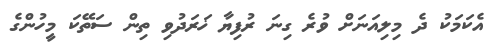
އެކަމަކު ދެ މިލިއަނަށް ވުރެ ގިނަ ރުފިޔާ ޚަރަދުވި ތިން ސަތޭކަ މީހުންގެ